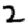
Digit: 2